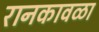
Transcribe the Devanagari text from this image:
रानकावळा